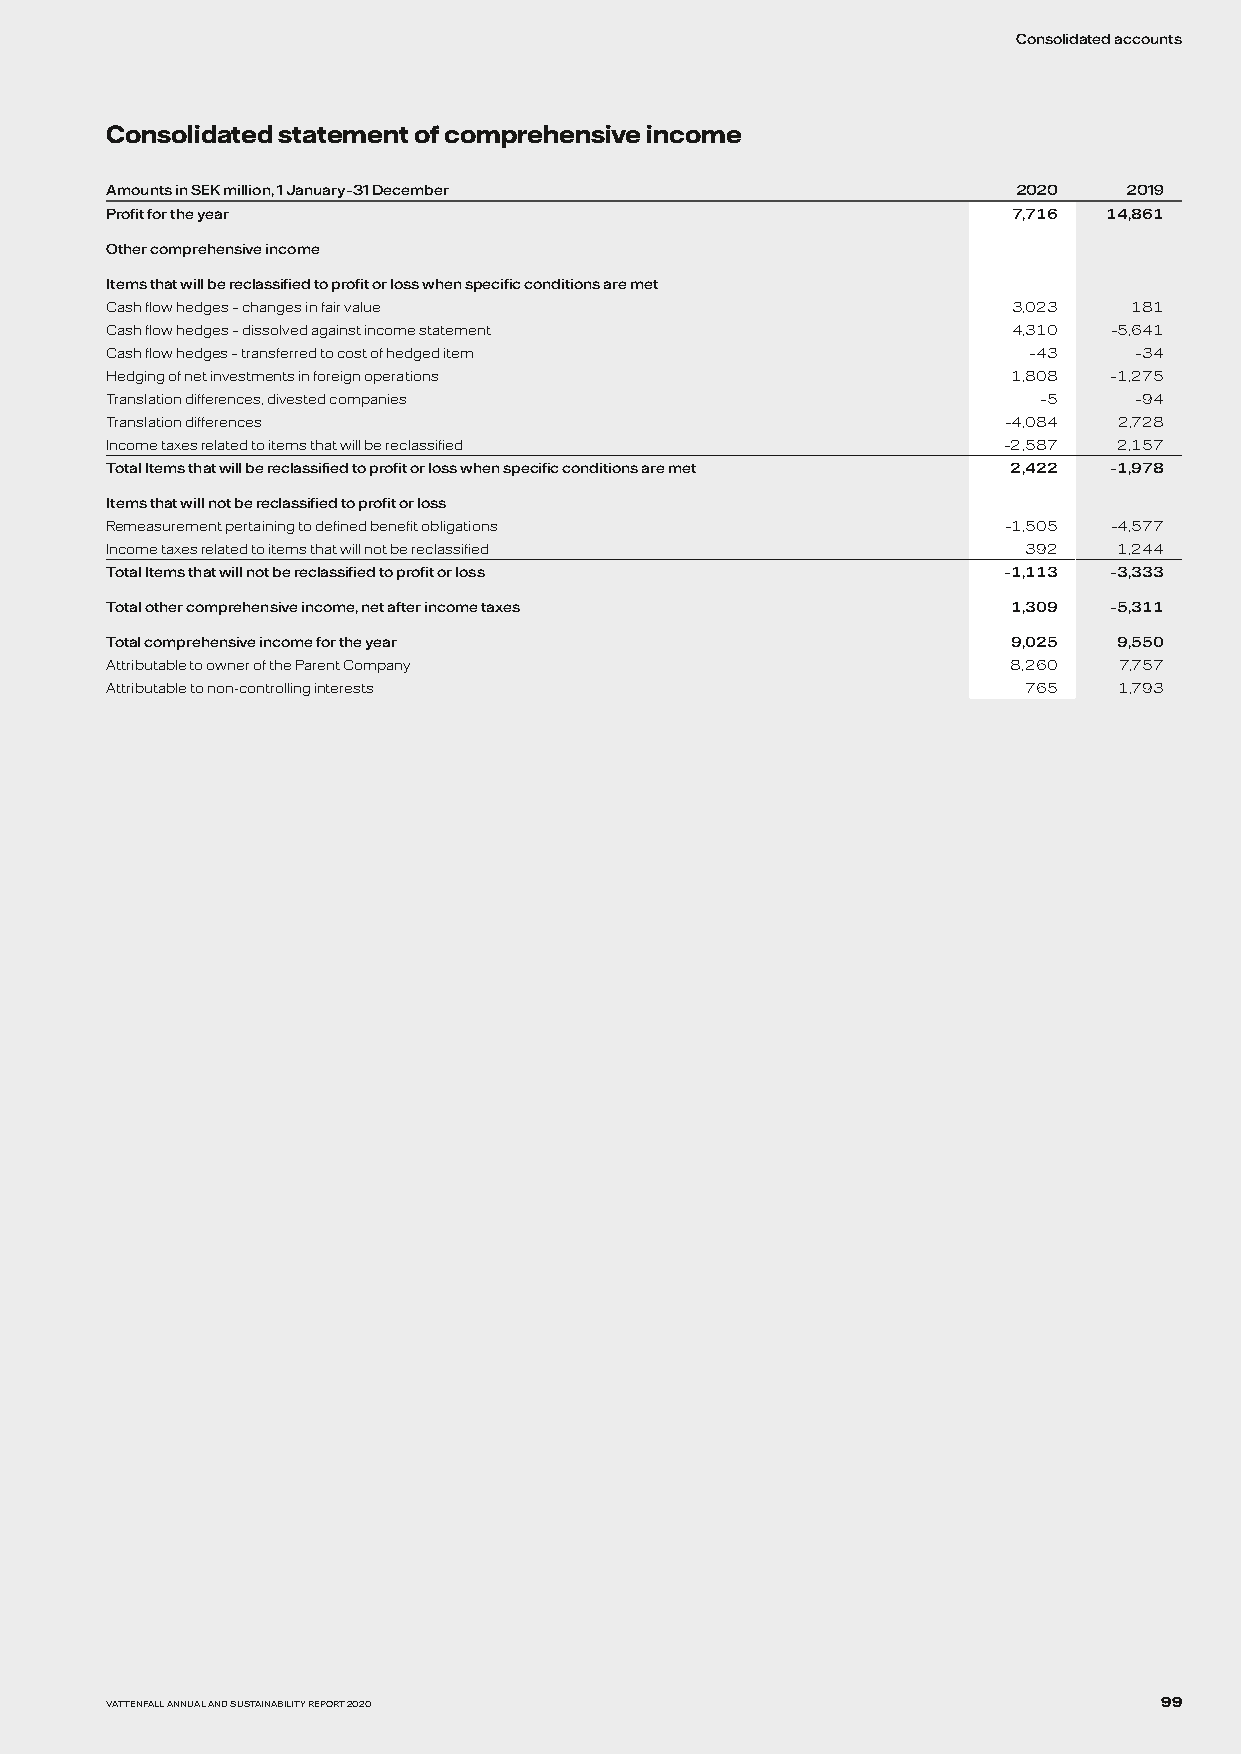
Consolidated accounts
 Consolidated statement of comprehensive income
 Amounts in SEK million, 1 January–31 December               2020    2019
 Profit for the year                                         7,716 14,861
 Other comprehensive income
 Items that will be reclassified to profit or loss when specific conditions are met
 Cash flow hedges – changes in fair value                    3,023   181
 Cash flow hedges – dissolved against income statement       4,310  –5,641
 Cash flow hedges – transferred to cost of hedged item        –43    –34
 Hedging of net investments in foreign operations            1,808 –1,275
 Translation differences, divested companies                   –5    –94
 Translation differences                                    –4,084  2,728
 Income taxes related to items that will be reclassified    –2,587  2,157
 Total Items that will be reclassified to profit or loss when specific conditions are met 2,422 –1,978
 Items that will not be reclassified to profit or loss
 Remeasurement pertaining to defined benefit obligations    –1,505 –4,577
 Income taxes related to items that will not be reclassified  392   1,244
 Total Items that will not be reclassified to profit or loss –1,113 –3,333
 Total other comprehensive income, net after income taxes    1,309 –5,311
 Total comprehensive income for the year                     9,025  9,550
 Attributable to owner of the Parent Company                 8,260  7,757
 Attributable to non-controlling interests                    765   1,793
 VATTENFALL ANNUAL AND SUSTAINABILITY REPORT 2020                      99